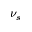
\nu _ { s }